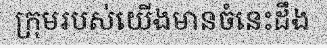
ក្រុមរបស់យើងមានចំនេះដឹង